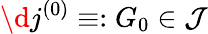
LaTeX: \d j^{(0)}\equiv:G_{0}\in\mathcal{J}